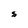
Character: S